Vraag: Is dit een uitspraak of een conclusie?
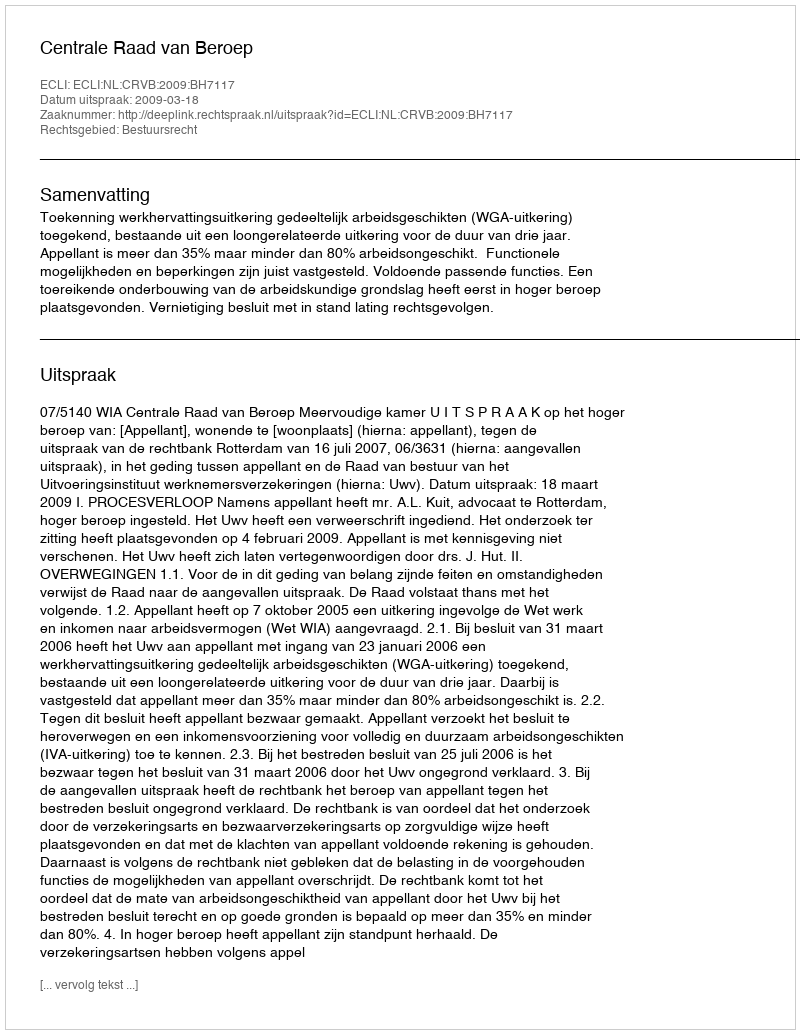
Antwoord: Uitspraak